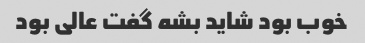
خوب بود شاید بشه گفت عالی بود